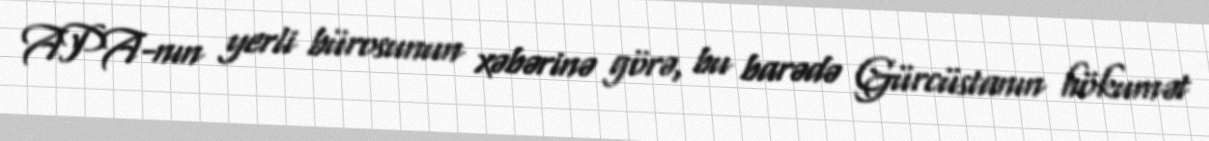
APA-nın yerli bürosunun xəbərinə görə, bu barədə Gürcüstanın hökumət